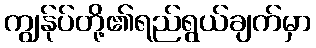
ကျွန်ုပ်တို့၏ရည်ရွယ်ချက်မှာ